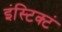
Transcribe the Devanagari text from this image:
इंस्टिक्टं